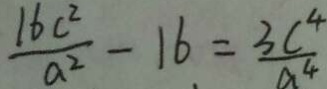
\frac { 1 6 c ^ { 2 } } { a ^ { 2 } } - 1 6 = \frac { 3 c ^ { 4 } } { a ^ { 4 } }